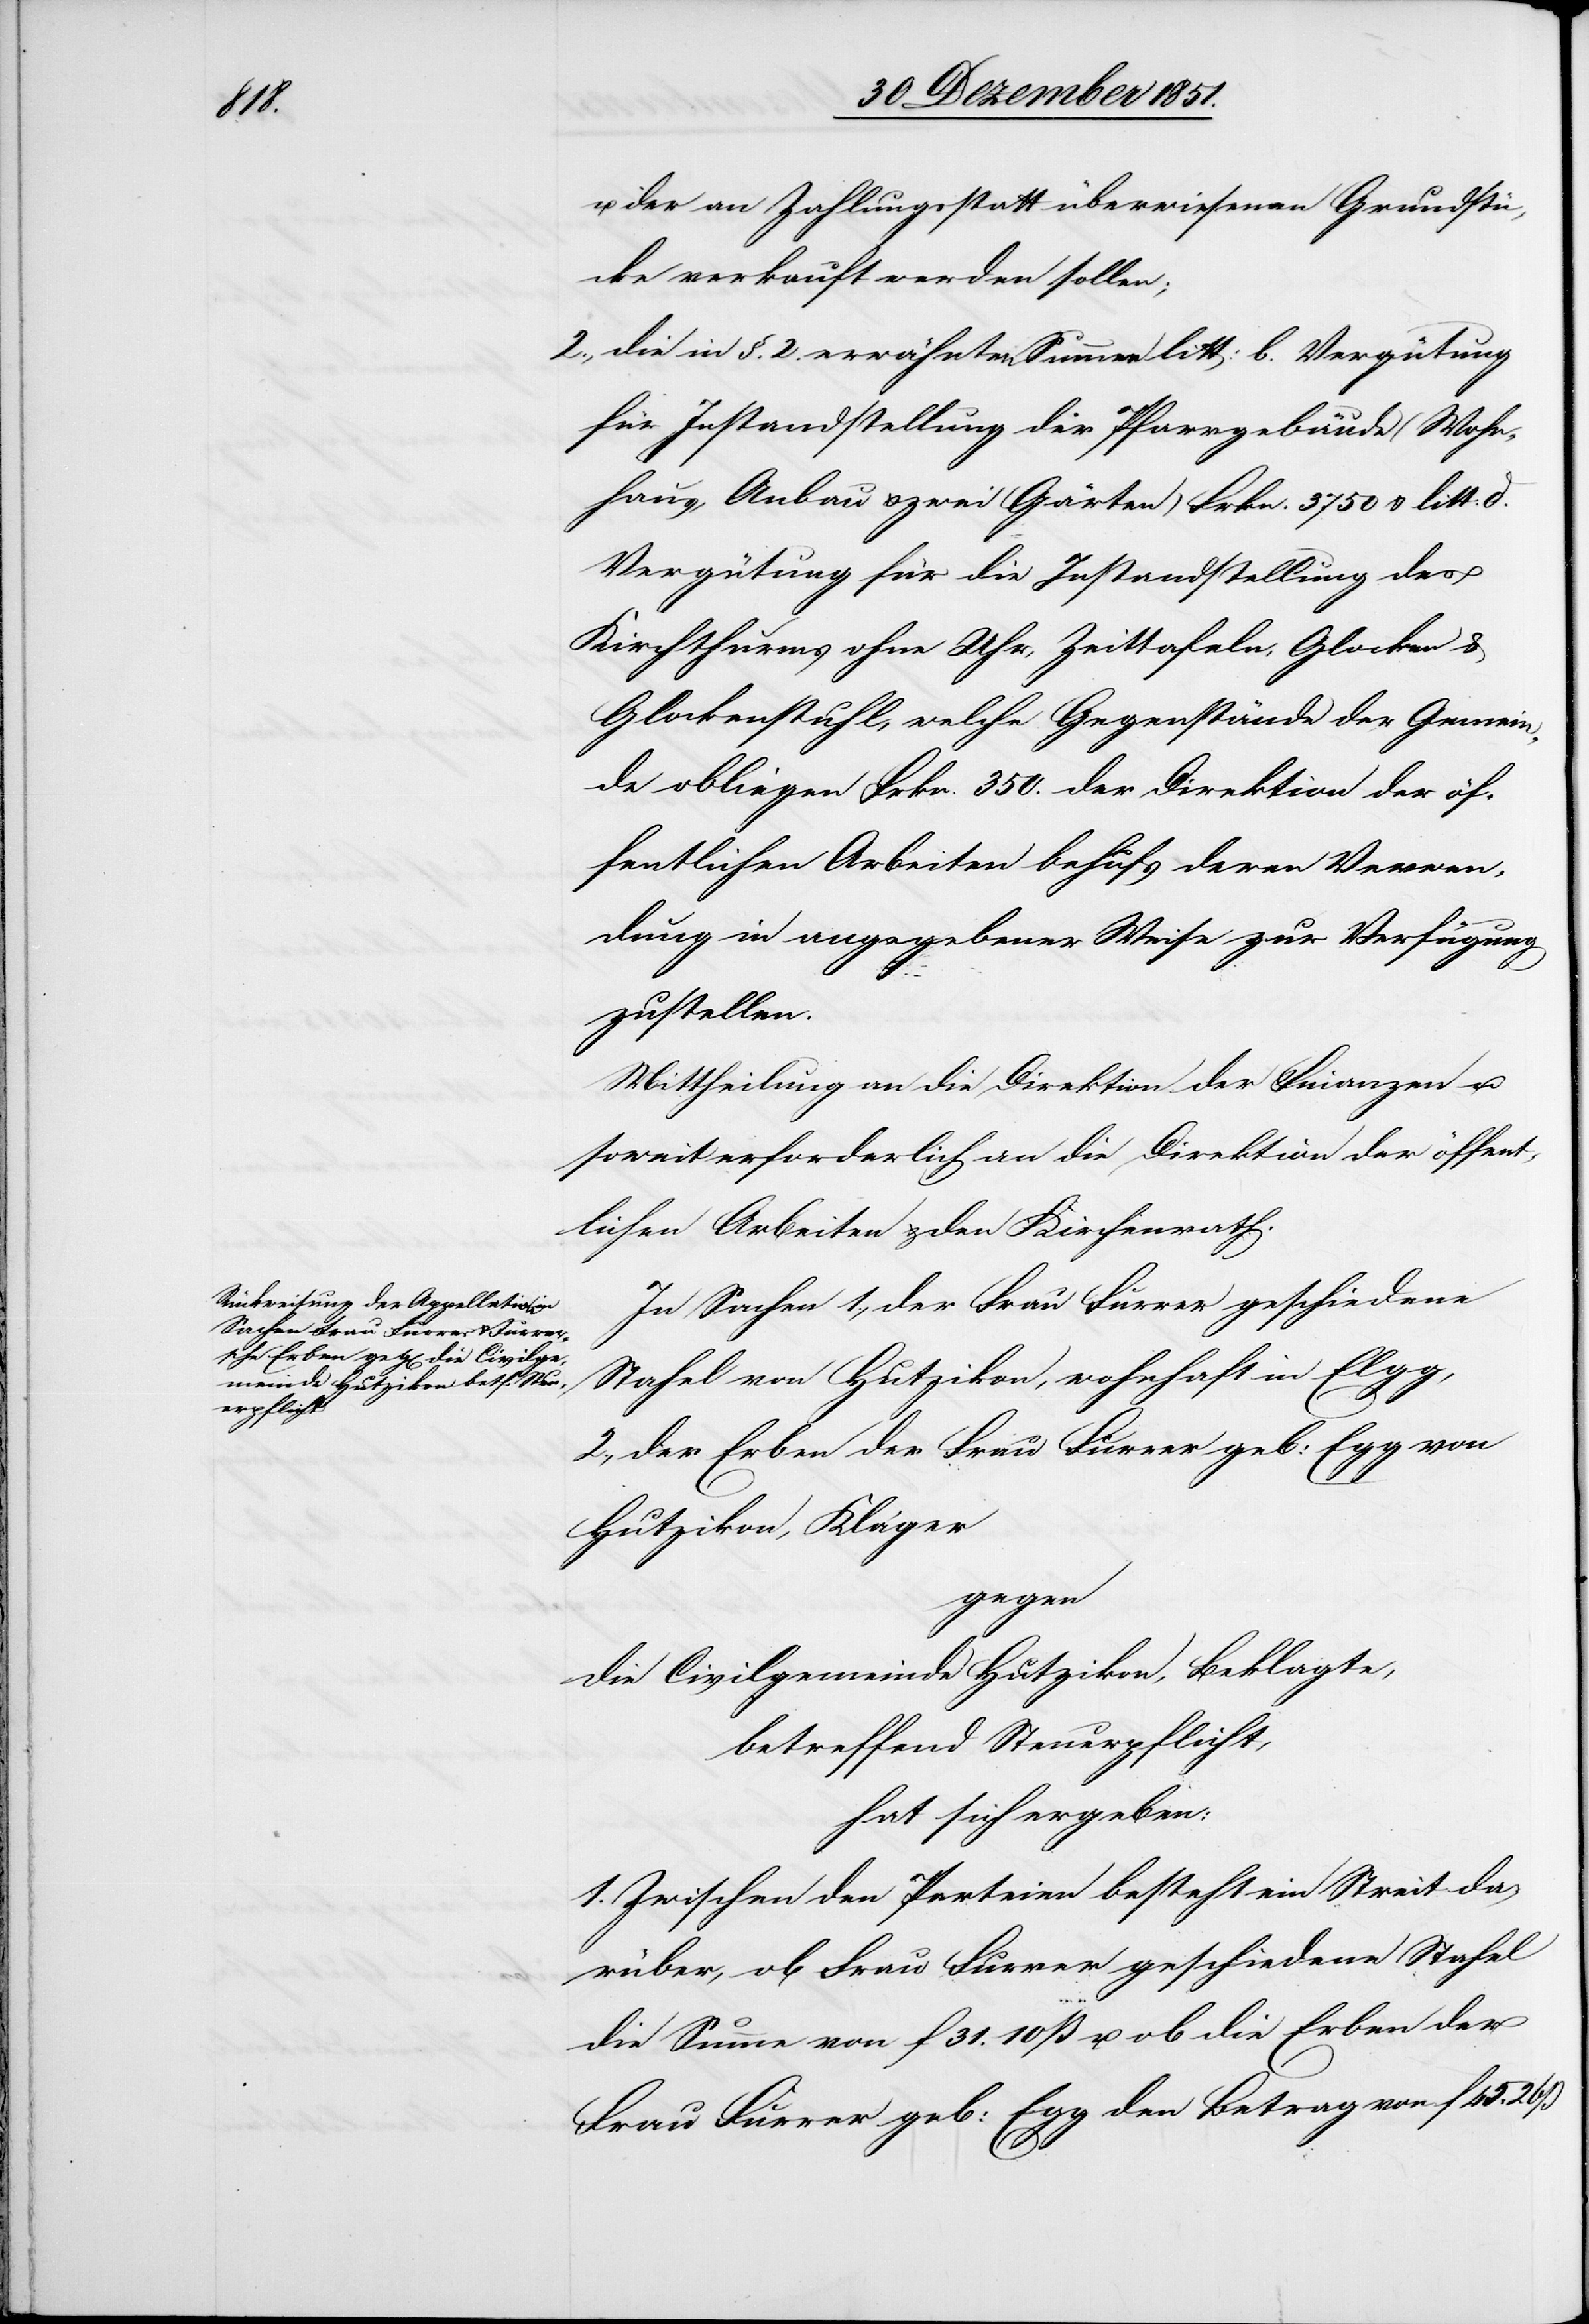
u.

der an Zahlungsstatt überwiesenen Grundstü¬
cke verkauft werden sollen;
die in §. 2. erwähnten Summen litt: b. Vergütung
für Instandstellung der Pfarrgebäude (Wohn¬
haus, Anbau & zwei Gärten) Frkn. 3750 & litt: d.
Vergütung für die Instandstellung des
Kirchthurms ohne Uhr, Zeittafeln, Glocken &
Glockenstuhl, welche Gegenstände der Gemein¬
de obliegen Frkn. 350. der Direktion der öf¬
fentlichen Arbeiten behufs deren Verwen¬
dung in angegebener Weise zur Verfügung
zustellen
Mittheilung an die Direktion der Finanzen u.
soweit erforderlich an die Direktion der öffent¬
lichen Arbeiten & den Kirchenrath.
In Sachen 1., der Frau Furrer geschiedene
Stahel von Hutzikon, wohnhaft in Elgg,
2., der Erben der Frau Furrer geb: Egg von
Hutzikon, Kläger
gegen
die Civilgemeinde Hutzikon, Beklagte,
betreffend Steuerpflicht,
hat sich ergeben:
1. Zwischen den Parteien besteht ein Streit da¬
rüber, ob Frau Furrer geschiedene Stahel
die Summe von f 31. 10 ß u. ob die Erben der
Frau Furrer geb: Egg den Betrag von f 45.